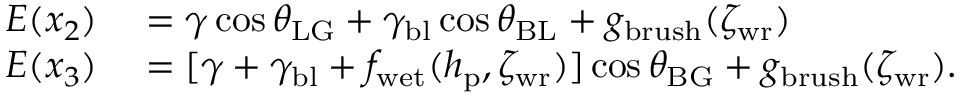
\begin{array} { r l } { E ( x _ { 2 } ) } & { { } = \gamma \cos { \theta _ { \mathrm { L G } } } + \gamma _ { \mathrm { b l } } \cos { \theta _ { \mathrm { B L } } } + g _ { \mathrm { b r u s h } } ( { \zeta _ { \mathrm { w r } } } ) } \\ { E ( x _ { 3 } ) } & { { } = [ \gamma + \gamma _ { \mathrm { b l } } + f _ { \mathrm { w e t } } ( h _ { \mathrm { p } } , \zeta _ { \mathrm { w r } } ) ] \cos \theta _ { \mathrm { B G } } + g _ { \mathrm { b r u s h } } ( { \zeta _ { \mathrm { w r } } } ) . } \end{array}